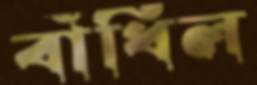
বাঁধিল